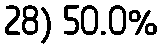
28) 50.0%